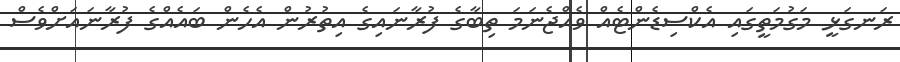
ރަނގަޅީ މަގުމަތީގައި އެކްސިޑެންޓެއް ވެއްޖެނަމަ ތިބާގެ ފުރާނައިގެ އިތުރުން އެހެން ބައެއްގެ ފުރާނައަށްވެސް